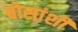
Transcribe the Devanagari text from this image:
बोसांशी